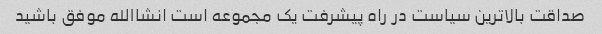
صداقت بالاترین سیاست در راه پیشرفت یک مجموعه است انشاالله موفق باشید